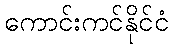
ကောင်းကင်နိုင်ငံ